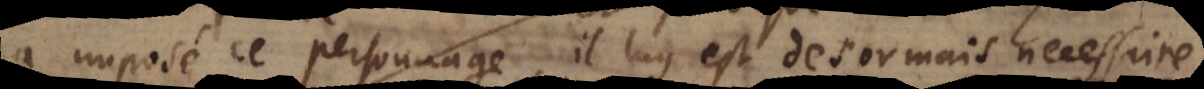
a imposé ce personnage, il luy est desormais necessaire